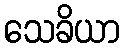
သေခိယာ